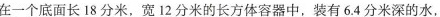
在一个底面长18分米，宽12分米的长方体容器中，装有6.4分米深的水，